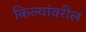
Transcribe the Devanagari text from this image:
किल्यांवरील